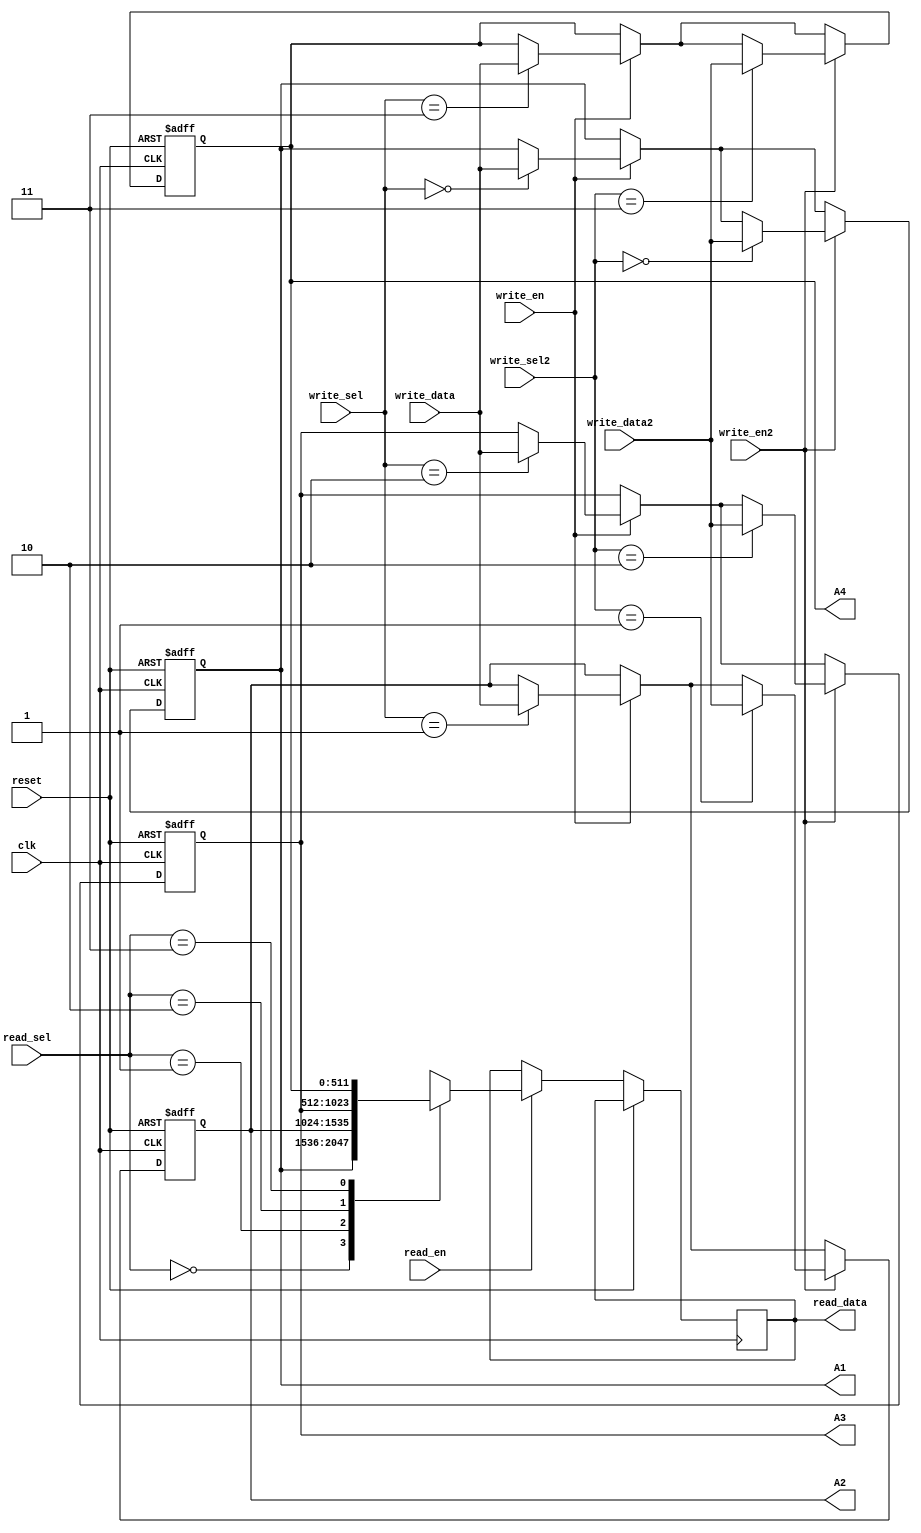
module Register_File(
    input wire clk,
    input wire reset,
    input wire [1:0] write_sel,
    input wire [511:0] write_data,
    input wire [1:0] write_sel2,
    input wire [511:0] write_data2,
    input wire write_en,
    input wire write_en2,
    input wire read_en,
    input wire [1:0] read_sel,
    output wire [511:0] read_data,
    output signed [511:0] A1,
    output signed [511:0] A2,
    output signed [511:0] A3,
    output signed [511:0] A4
);

    reg signed [511:0] registers [0:3];
    integer index;

    always @(posedge clk or posedge reset) begin
        if (reset) begin
            for (index = 0; index < 4; index = index + 1) begin
                registers[index] <= 512'b0;
            end
        end else begin
            if (write_en) begin
                case (write_sel)
                    2'b00: registers[0] <= write_data;
                    2'b01: registers[1] <= write_data;
                    2'b10: registers[2] <= write_data;
                    2'b11: registers[3] <= write_data;
                endcase
            end
            if (write_en2) begin
                case (write_sel2)
                    2'b00: registers[0] <= write_data2;
                    2'b01: registers[1] <= write_data2;
                    2'b10: registers[2] <= write_data2;
                    2'b11: registers[3] <= write_data2;
                endcase
            end
            if (read_en) begin
                case (read_sel)
                2'b00: read_data <= registers[0];
                2'b01: read_data <= registers[1];
                2'b10: read_data <= registers[2];
                2'b11: read_data <= registers[3];
            endcase
            end
        end
    end
    
    assign A1 = registers[0];
    assign A2 = registers[1];
    assign A3 = registers[2];
    assign A4 = registers[3];

endmodule